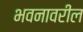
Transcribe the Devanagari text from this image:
भवनावरील